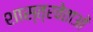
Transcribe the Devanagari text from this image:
शास्त्रवेताओं